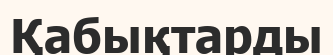
Қабықтарды